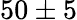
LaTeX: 50\pm 5